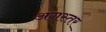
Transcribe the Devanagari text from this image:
अगस्तर